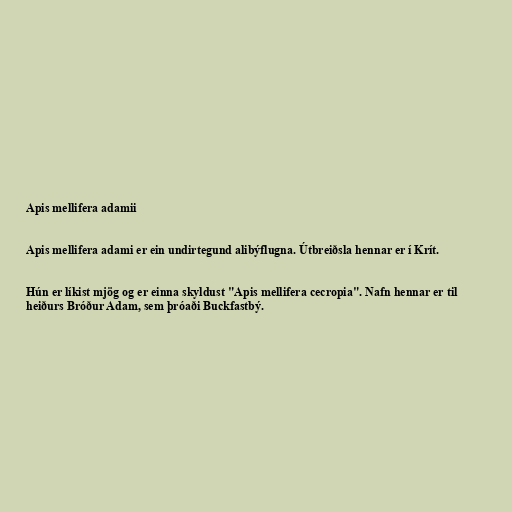
Apis mellifera adamii

Apis mellifera adami er ein undirtegund alibýflugna. Útbreiðsla hennar er í Krít.

Hún er líkist mjög og er einna skyldust "Apis mellifera cecropia". Nafn hennar er til
heiðurs Bróður Adam, sem þróaði Buckfastbý.